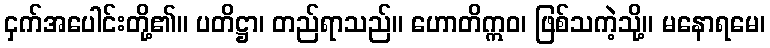
ငှက်အပေါင်းတို့၏။ ပတိဋ္ဌာ၊ တည်ရာသည်။ ဟောတိဣဝ၊ ဖြစ်သကဲ့သို့။ မနောရမေ၊